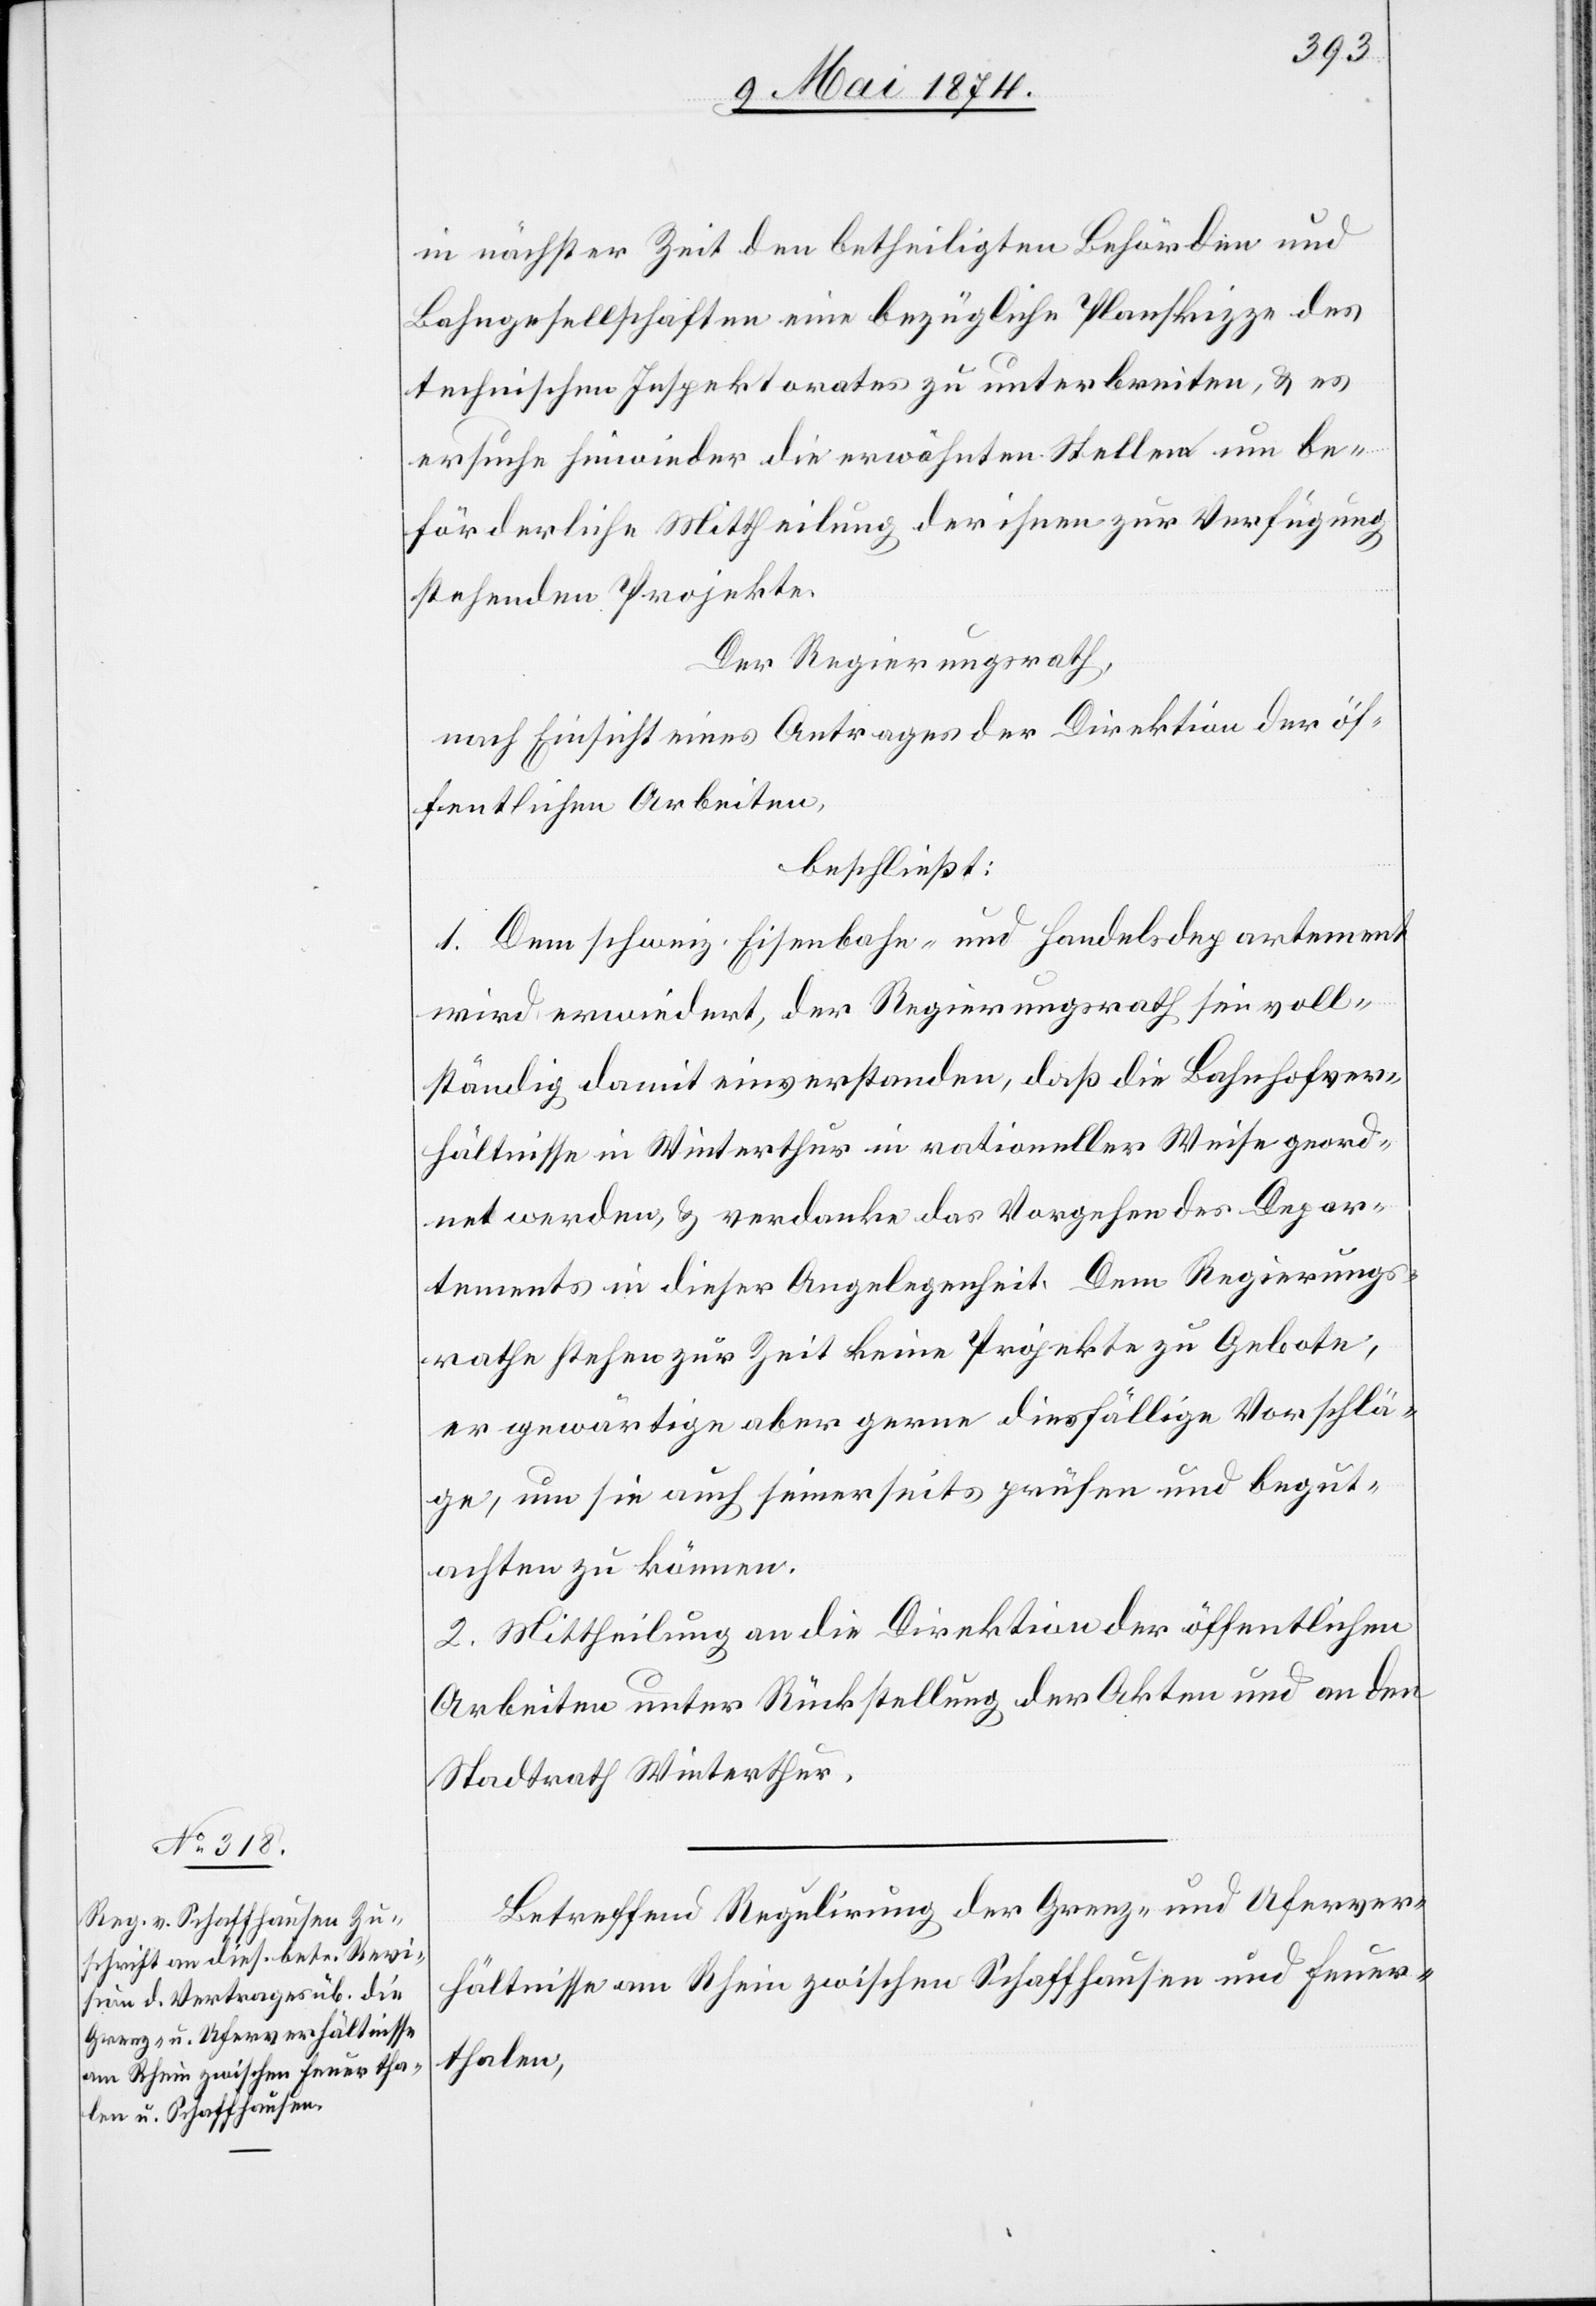
in nächster Zeit den betheiligten Behörden und
Bahngesellschaften eine bezügliche Planskizze des
technischen Inspektorates zu unterbreiten, u. es
ersuche hinwieder die erwähnten Stellen um be¬
förderliche Mittheilung der ihnen zur Verfügung
stehenden Projekte.
Der Regierungsrath,
nach Einsicht eines Antrages der Direktion der öf¬
fentlichen Arbeiten,
beschließt:
1. Dem schweiz. Eisenbahn- und Handelsdepartement
wird erwiedert, der Regierungsrath sei voll¬
ständig damit einverstanden, daß die Bahnhofver¬
hältnisse in Winterthur in rationeller Weise geord¬
net werden, u. verdanke das Vorgehen des Depar¬
tements in dieser Angelegenheit. Dem Regierungs¬
rathe stehen zur Zeit keine Projekte zu Gebote,
er gewärtige aber gerne diesfällige Vorschlä¬
ge, um sie auch seinerseits prüfen und begut¬
achten zu können.
2. Mittheilung an die Direktion der öffentlichen
Arbeiten unter Rückstellung der Akten und an den
Stadtrath Winterthur.
Betreffend Regulirung der Grenz- und Uferver¬
hältnisse am Rhein zwischen Schaffhausen und Feuer¬
thalen,